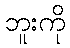
ဘူးကို